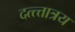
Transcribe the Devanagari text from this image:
दत्त्त्तात्रय